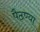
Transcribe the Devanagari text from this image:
पैठण्या